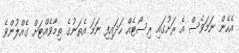
އެހެން ނަމަވެސް އެ ރަށުގައި ރިސޯޓެއް ހަދައިފި ނަމަ އެތަނުގެ ތިމާވެއްޓަށް ގެއްލުންވެ